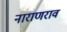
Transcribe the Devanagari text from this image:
नाराणराव